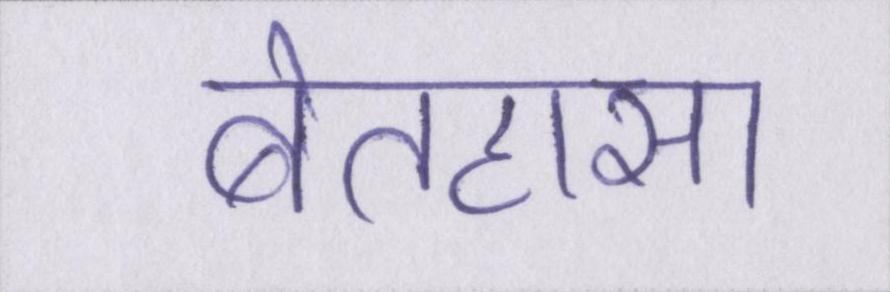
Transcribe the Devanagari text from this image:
बेतहासा